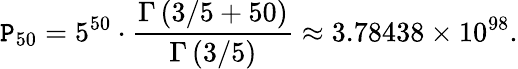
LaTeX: \mathtt{P}_{50}=5^{50}\cdot{\frac{{\Gamma\left(3/5+50\right)}}{{\Gamma\left(3/5\right)}}}\approx3.78438\times10^{98}.